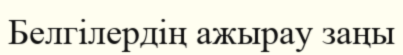
Белгілердің ажырау заңы